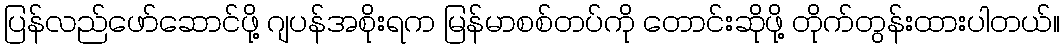
ပြန်လည်ဖော်ဆောင်ဖို့ ဂျပန်အစိုးရက မြန်မာစစ်တပ်ကို တောင်းဆိုဖို့ တိုက်တွန်းထားပါတယ်။